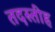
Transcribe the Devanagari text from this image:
तदस्तीह